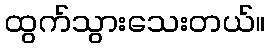
ထွက်သွားသေးတယ်။